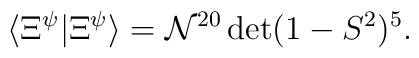
\langle\Xi^{\psi}|\Xi^{\psi}\rangle=\mathcal{N}^{20}\det(1-S^{2})^{5}.